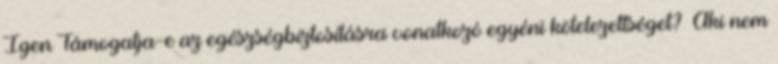
Igen Támogatja-e az egészségbiztosításra vonatkozó egyéni kötelezettséget? Aki nem